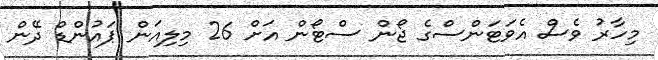
މިހާރު ވެސް އެވަޓަންސްގެ ޖޯން ސްޓޯން އަށް 26 މިލިއަން ޕައުންޑް ދޭން